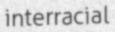
interracial